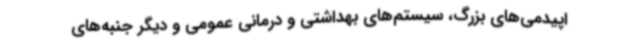
اپیدمی‌های بزرگ، سیستم‌های بهداشتی و درمانی عمومی و دیگر جنبه‌های